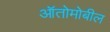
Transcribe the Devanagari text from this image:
ऑतोमोबील